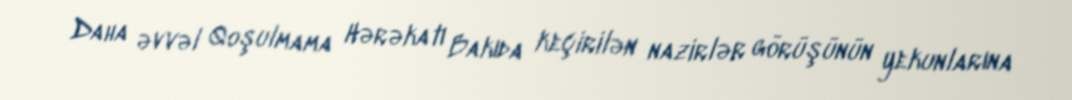
Daha əvvəl Qoşulmama Hərəkatı Bakıda keçirilən nazirlər görüşünün yekunlarına